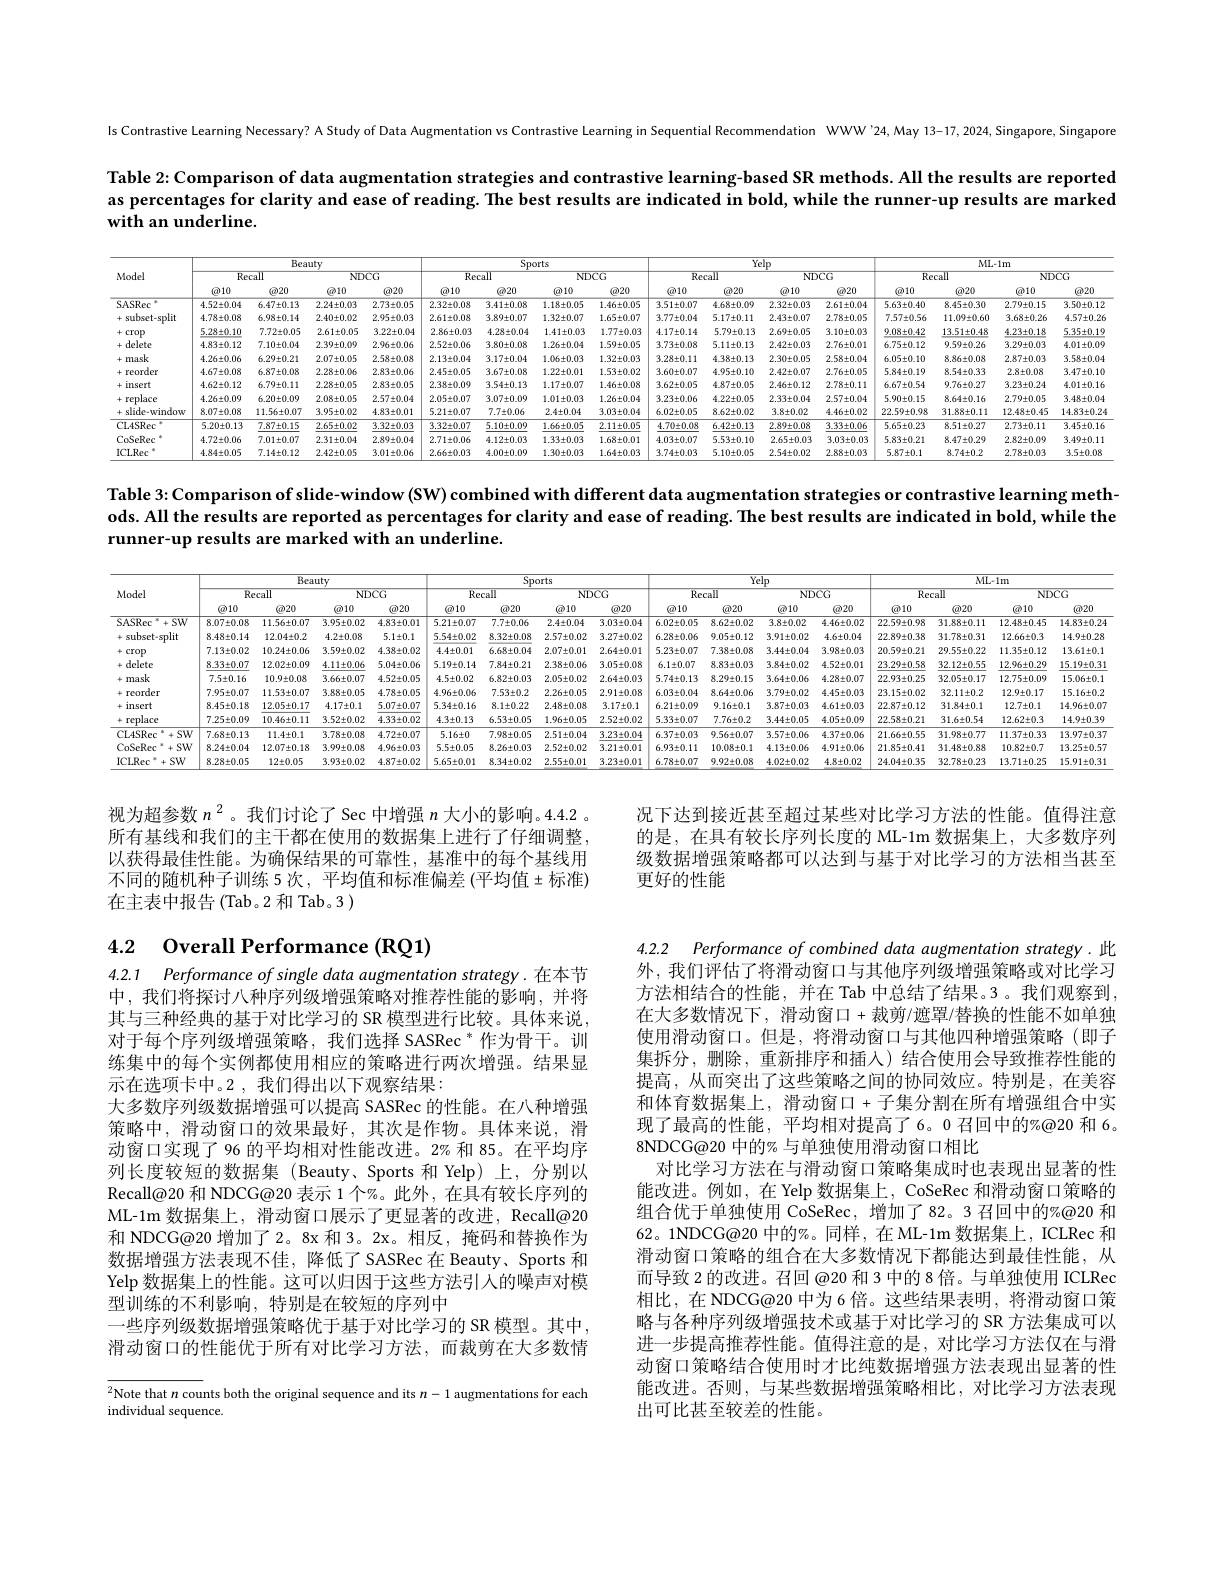
Is Contrastive Learning Necessary? A Study of Data Augmentation vs Contrastive Learning in Sequential Recommendation WWW'24, May 13-17,2024, Singapore, Singapore

Table 2: Comparison of data augmentation strategies and contrastive learning-based SR methods. All the results are reported as percentages for clarity and ease of reading. The best results are indicated in bold, while the runner-up results are marked with an underline.

<table>
	<tbody>
		<tr>
			<th rowspan="3">Model</th>
			<th colspan="5">$\overline{\text{Beauty}}$</th>
			<th>orts</th>
			<th colspan="4">$\overline{\mathrm{Yelp}}$</th>
			<th> </th>
			<th colspan="4">$\overline{\mathrm{ML-1m}}$</th>
		</tr>
		<tr>
			<th colspan="2">$\overline{\text{Recall}}$</th>
			<th colspan="2">$NDCG$</th>
			<th rowspan="1">Recall</th>
			<th colspan="2">$\overline{\mathrm{NDCG}}$</th>
			<th colspan="2">$\overline{\text{Recall}}$</th>
			<th colspan="2">NDCG</th>
			<th colspan="2">$\overline{\text{Recall}}$</th>
			<th colspan="2">$NDCG$</th>
		</tr>
		<tr>
			<th>$\textcircled{a}10$</th>
			<th>$\textcircled{\text{o}20}$</th>
			<th>$\textcircled{2}10$</th>
			<th>$\textcircled{a}20$</th>
			<th>$\textcircled{a}10$</th>
			<th>$\textcircled{a}10$</th>
			<th>$\textcircled{\text{o}20}$</th>
			<th>$\textcircled{2}10$</th>
			<th>$\textcircled{a}20$</th>
			<th>$\textcircled{2}10$</th>
			<th>$\textcircled{2}20$</th>
			<th>$\textcircled{2}10$</th>
			<th>$\textcircled{a}20$</th>
			<th>$\textcircled{a}10$</th>
			<th>$\textcircled{a}20$</th>
		</tr>
		<tr>
			<td>SASRec</td>
			<td>$4.52\pm0.04$</td>
			<td>$6.47\pm0.13$</td>
			<td>$2.24\pm0.03$</td>
			<td>$2.73\pm0.05$</td>
			<td>$32\pm0.08$</td>
			<td>$1.18\pm0.05$</td>
			<td>$1.46\pm0.05$</td>
			<td>$3.51\pm0.07$</td>
			<td>$4.68\pm0.09$</td>
			<td>$2.32\pm0.0$ 9</td>
			<td>$2.61\pm0.04$</td>
			<td>$5.63\pm0.40$</td>
			<td>$8.45\pm0.30$</td>
			<td>$2.79\pm0.15$</td>
			<td>$3.50\pm0.12$</td>
		</tr>
		<tr>
			<td>subset-split</td>
			<td>$4.78\pm0.08$</td>
			<td>$6.98\pm0.14$</td>
			<td>$2.40\pm0.02$</td>
			<td>$2.95\pm0.03$</td>
			<td>$61\pm0.08$</td>
			<td>$1.32\pm0.07$</td>
			<td>$1.65\pm0.07$</td>
			<td>$3.77\pm0.04$</td>
			<td>$5.17\pm0.11$</td>
			<td>1 $2.43\pm0.0$</td>
			<td>$2.78\pm0.05$</td>
			<td>$7.57\pm0.56$</td>
			<td>$11.09\pm0.60$</td>
			<td>$3.68\pm0.26$</td>
			<td>$4.57\pm0.26$</td>
		</tr>
		<tr>
			<td>crop +</td>
			<td>$5.28\pm0.10$</td>
			<td>$7.72\pm0.05$</td>
			<td>$2.61\pm0.05$</td>
			<td>$3.22\pm0.04$</td>
			<td>$86\pm0.03$</td>
			<td>$1.41\pm0.03$</td>
			<td>$1.77\pm0.03$</td>
			<td>$4.17\pm0.14$</td>
			<td>$5.79\pm0.13$</td>
			<td>3 $2.69\pm0.0$</td>
			<td>$3.10\pm0.03$</td>
			<td>$9.08\pm0.42$</td>
			<td>$13.51\pm0.48$</td>
			<td>$4.23\pm0.18$</td>
			<td>$5.35\pm0.19$</td>
		</tr>
		<tr>
			<td>delete</td>
			<td>$4.83\pm0.12$</td>
			<td>$7.10\pm0.04$</td>
			<td>$2.39\pm0.09$</td>
			<td>$2.96\pm0.06$</td>
			<td>$52\pm0.06$</td>
			<td>$1.26\pm0.04$</td>
			<td>$1.59\pm0.05$</td>
			<td>$3.73\pm0.08$</td>
			<td>$5.11\pm0.13$</td>
			<td>$2.42\pm0.0$ 3</td>
			<td>$2.76\pm0.01$</td>
			<td>$6.75\pm0.12$</td>
			<td>$9.59\pm0.26$</td>
			<td>$3.29\pm0.03$</td>
			<td>$4.01\pm0.09$</td>
		</tr>
		<tr>
			<td>mask +</td>
			<td>$4.26\pm0.06$</td>
			<td>$6.29\pm0.21$</td>
			<td>$2.07\pm0.05$</td>
			<td>$2.58\pm0.08$</td>
			<td>$13\pm0.04$</td>
			<td>$1.06\pm0.03$</td>
			<td>$1.32\pm0.03$</td>
			<td>$3.28\pm0.11$</td>
			<td>$4.38\pm0.13$</td>
			<td>$2.30\pm0.0$9 3</td>
			<td>$2.58\pm0.04$</td>
			<td>$6.05\pm0.10$</td>
			<td>$8.86\pm0.08$</td>
			<td>$2.87\pm0.03$</td>
			<td>$3.58\pm0.04$</td>
		</tr>
		<tr>
			<td>reorder +</td>
			<td>$4.67\pm0.08$</td>
			<td>$6.87\pm0.08$</td>
			<td>$2.28\pm0.06$</td>
			<td>$2.83\pm0.06$</td>
			<td>$45\pm0.05$</td>
			<td>$1.22\pm0.01$</td>
			<td>$1.53\pm0.02$</td>
			<td>$3.60\pm0.07$</td>
			<td>$4.95\pm0.10$</td>
			<td>$2.42\pm0.0$ 1</td>
			<td>$2.76\pm0.05$</td>
			<td>$5.84\pm0.19$</td>
			<td>$8.54\pm0.33$</td>
			<td>$2.8\pm0.08$</td>
			<td>$3.47\pm0.10$</td>
		</tr>
		<tr>
			<td>insert +</td>
			<td>$4.62\pm0.12$</td>
			<td>$6.79\pm0.11$</td>
			<td>$2.28\pm0.05$</td>
			<td>$2.83\pm0.05$</td>
			<td>$38\pm0.09$</td>
			<td>$1.17\pm0.07$</td>
			<td>$1.46\pm0.08$</td>
			<td>$3.62\pm0.05$</td>
			<td>$4.87\pm0.05$</td>
			<td>$2.46\pm0.12$ 5</td>
			<td>$2.78\pm0.11$</td>
			<td>$6.67\pm0.54$</td>
			<td>$9.76\pm0.27$</td>
			<td>$3.23\pm0.24$</td>
			<td>$4.01\pm0.16$</td>
		</tr>
		<tr>
			<td>replace</td>
			<td>$4.26\pm0.09$</td>
			<td>$6.20\pm0.09$</td>
			<td>$2.08\pm0.05$</td>
			<td>$2.57\pm0.04$</td>
			<td>$05\pm0.07$</td>
			<td>$1.01\pm0.03$</td>
			<td>$1.26\pm0.04$</td>
			<td>$3.23\pm0.06$</td>
			<td>$4.22\pm0.05$</td>
			<td>5 $2.33\pm0.0$</td>
			<td>$2.57\pm0.04$</td>
			<td>$5.90\pm0.15$</td>
			<td>$8.64\pm0.16$</td>
			<td>$2.79\pm0.05$</td>
			<td>$3.48\pm0.04$</td>
		</tr>
		<tr>
			<td>slide-window +</td>
			<td>$8.07\pm0.08$</td>
			<td>$11.56\pm0.07$</td>
			<td>$3.95\pm0.02$</td>
			<td>$4.83\pm0.01$</td>
			<td>$21\pm0.07$</td>
			<td>$2.4\pm0.04$</td>
			<td>$3.03\pm0.04$</td>
			<td>$6.02\pm0.05$</td>
			<td>$8.62\pm0.02$</td>
			<td>$3.8\pm0.02$ 2</td>
			<td>$4.46\pm0.02$</td>
			<td>$22.59\pm0.98$</td>
			<td>$31.88\pm0.11$</td>
			<td>$12.48\pm0.45$</td>
			<td>$14.83\pm0.24$</td>
		</tr>
		<tr>
			<td>CL4SRec</td>
			<td>$5.20\pm0.13$</td>
			<td>$7.87\pm0.15$</td>
			<td>$2.65\pm0.02$</td>
			<td>$3.32\pm0.03$</td>
			<td>$32\pm0.07$</td>
			<td>$1.66\pm0.05$</td>
			<td>$2.11\pm0.05$</td>
			<td>$4.70\pm0.08$</td>
			<td>$6.42\pm0.13$</td>
			<td>$2.89\pm0.08$ 3</td>
			<td>$3.33\pm0.06$</td>
			<td>$5.65\pm0.23$</td>
			<td>$8.51\pm0.27$</td>
			<td>$2.73\pm0.11$</td>
			<td>$3.45\pm0.16$</td>
		</tr>
		<tr>
			<td>CoSeRec</td>
			<td>$4.72\pm0.06$</td>
			<td>$7.01\pm0.07$</td>
			<td>$2.31\pm0.04$</td>
			<td>$2.89\pm0.04$</td>
			<td>$71\pm0.06$</td>
			<td>$1.33\pm0.03$</td>
			<td>$1.68\pm0.01$</td>
			<td>$4.03\pm0.07$</td>
			<td>$5.53\pm0.10$</td>
			<td>1 $2.65\pm0.0$</td>
			<td>$3.03\pm0.03$</td>
			<td>$5.83\pm0.21$</td>
			<td>$8.47\pm0.29$</td>
			<td>$2.82\pm0.09$</td>
			<td>$3.49\pm0.11$</td>
		</tr>
		<tr>
			<td>ICLRec</td>
			<td>$4.84\pm0.05$</td>
			<td>$7.14\pm0.12$</td>
			<td>$2.42\pm0.05$</td>
			<td>$3.01\pm0.06$</td>
			<td>$66\pm0.03$</td>
			<td>$1.30\pm0.03$</td>
			<td>$1.64\pm0.03$</td>
			<td>$3.74\pm0.03$</td>
			<td>$5.10\pm0.05$</td>
			<td>5 $2.54\pm0.02$</td>
			<td>$2.88\pm0.03$</td>
			<td>$5.87\pm0.1$</td>
			<td>$8.74\pm0.2$</td>
			<td>$2.78\pm0.03$</td>
			<td>$3.5\pm0.08$</td>
		</tr>
	</tbody>
</table>

Table 3: Comparison of slide-window (SW) combined with different data augmentation strategies or contrastive learning methods. All the results are reported as percentages for clarity and ease of reading. The best results are indicated in bold, while the runner-up results are marked with an underline.

<table>
	<tbody>
		<tr>
			<th rowspan="3">Model</th>
			<th> </th>
			<th colspan="4">$\overline{\text{Beauty}}$</th>
			<th>rts</th>
			<th> </th>
			<th> </th>
			<th colspan="2">$\overline{\mathrm{Yelp}}$</th>
			<th> </th>
			<th colspan="4">$ML\cdot1m$</th>
		</tr>
		<tr>
			<th colspan="2">Recall</th>
			<th rowspan="1">NDCG</th>
			<th> </th>
			<th rowspan="1">Recall</th>
			<th colspan="2">NDCG</th>
			<th colspan="2">Recall</th>
			<th colspan="2">$NDCG$</th>
			<th colspan="2">Recall</th>
			<th colspan="2">NDCG</th>
		</tr>
		<tr>
			<th>$\textcircled{2}10$</th>
			<th>$\textcircled{2}20$</th>
			<th>$\textcircled{2}10$</th>
			<th>$\textcircled{a}20$</th>
			<th>$\textcircled{2}10$</th>
			<th>$\textcircled{a}10$</th>
			<th>$\textcircled{a}20$</th>
			<th>$\textcircled{2}10$</th>
			<th>$\textcircled{a}20$</th>
			<th>$\textcircled{a}10$</th>
			<th>$\textcircled{2}20$</th>
			<th>$\textcircled{a}10$</th>
			<th>$\textcircled{a}20$</th>
			<th>$\textcircled{a}10$</th>
			<th>$\textcircled{a}20$</th>
		</tr>
		<tr>
			<td>$=^{*}+SW$ SASRec</td>
			<td>$8.07\pm0.08$</td>
			<td>$11.56\pm0.07$</td>
			<td>$3.95\pm0.02$</td>
			<td>$83\pm0.01$ 5.</td>
			<td>$.21\pm0.07$</td>
			<td>$2.4\pm0.04$</td>
			<td>$3.03\pm0.04$</td>
			<td>$6.02\pm0.05$</td>
			<td>$8.62\pm0.02$</td>
			<td>$3.8\pm0.02$</td>
			<td>$4.46\pm0.02$</td>
			<td>$22.59\pm0.98$</td>
			<td>$31.88\pm0.11$</td>
			<td>$12.48\pm0.45$</td>
			<td>$14.83\pm0.24$</td>
		</tr>
		<tr>
			<td>subset-split</td>
			<td>$8.48\pm0.14$</td>
			<td>$12.04\pm0.2$</td>
			<td>$4.2\pm0.08$</td>
			<td>$5.1\pm0.1$ 5.</td>
			<td>$54\pm0.02$</td>
			<td>$2.57\pm0.02$</td>
			<td>$3.27\pm0.02$</td>
			<td>$6.28\pm0.06$</td>
			<td>$9.05\pm0.12$ 5</td>
			<td>$3.91\pm0.02$</td>
			<td>$4.6\pm0.04$</td>
			<td>$22.89\pm0.38$</td>
			<td>$31.78\pm0.31$</td>
			<td>$12.66\pm0.3$</td>
			<td>$14.9\pm0.28$</td>
		</tr>
		<tr>
			<td>crop</td>
			<td>$7.13\pm0.02$</td>
			<td>$10.24\pm0.06$</td>
			<td>$3.59\pm0.02$</td>
			<td>$38\pm0.02$</td>
			<td>$4.4\pm0.01$</td>
			<td>$2.07\pm0.01$</td>
			<td>$2.64\pm0.01$</td>
			<td>$5.23\pm0.07$</td>
			<td>$7.38\pm0.08$</td>
			<td>$3.44\pm0.0$年</td>
			<td>$3.98\pm0.03$</td>
			<td>$20.59\pm0.21$</td>
			<td>$29.55\pm0.22$</td>
			<td>$11.35\pm0.12$</td>
			<td>$13.61\pm0.1$</td>
		</tr>
		<tr>
			<td>delete</td>
			<td>$8.33\pm0.07$</td>
			<td>$12.02\pm0.09$</td>
			<td>$4.11\pm0.06$</td>
			<td>$04\pm0.06$ 5.</td>
			<td>$.19\pm0.14$</td>
			<td>$2.38\pm0.06$</td>
			<td>$3.05\pm0.08$</td>
			<td>$6.1\pm0.07$</td>
			<td>$8.83\pm0.03$</td>
			<td>$3.84\pm0.02$</td>
			<td>$4.52\pm0.01$</td>
			<td>$23.29\pm0.58$</td>
			<td>$32.12\pm0.55$</td>
			<td>$12.96\pm0.29$</td>
			<td>$15.19\pm0.31$</td>
		</tr>
		<tr>
			<td>mask</td>
			<td>$7.5\pm0.16$</td>
			<td>$10.9\pm0.08$</td>
			<td>$3.66\pm0.07$</td>
			<td>$52\pm0.05$</td>
			<td>$4.5\pm0.02$</td>
			<td>$2.05\pm0.02$</td>
			<td>$2.64\pm0.03$</td>
			<td>$5.74\pm0.13$</td>
			<td>$8.29\pm0.15$ 1</td>
			<td>$3.64\pm0.06$</td>
			<td>$4.28\pm0.07$</td>
			<td>$22.93\pm0.25$</td>
			<td>$32.05\pm0.17$</td>
			<td>$12.75\pm0.09$</td>
			<td>$15.06\pm0.1$</td>
		</tr>
		<tr>
			<td>reorder</td>
			<td>$7.95\pm0.07$</td>
			<td>$11.53\pm0.07$</td>
			<td>$3.88\pm0.05$</td>
			<td>$78\pm0.05$</td>
			<td>$.96\pm0.06$</td>
			<td>$2.26\pm0.05$</td>
			<td>$2.91\pm0.08$</td>
			<td>$6.03\pm0.04$</td>
			<td>$8.64\pm0.06$ 主</td>
			<td>$3.79\pm0.02$</td>
			<td>$4.45\pm0.03$</td>
			<td>$23.15\pm0.02$</td>
			<td>$32.11\pm0.2$</td>
			<td>$12.9\pm0.17$</td>
			<td>$15.16\pm0.2$</td>
		</tr>
		<tr>
			<td>insert</td>
			<td>$8.45\pm0.18$</td>
			<td>$12.05\pm0.17$</td>
			<td>$4.17\pm0.1$</td>
			<td>$07\pm0.07$ 5.</td>
			<td>$34\pm0.16$</td>
			<td>$2.48\pm0.08$</td>
			<td>$3.17\pm0.1$</td>
			<td>$6.21\pm0.09$</td>
			<td>$9.16\pm0.1$</td>
			<td>$3.87\pm0.03$</td>
			<td>$4.61\pm0.03$</td>
			<td>$22.87\pm0.12$</td>
			<td>$31.84\pm0.1$</td>
			<td>$12.7\pm0.1$</td>
			<td>$14.96\pm0.07$</td>
		</tr>
		<tr>
			<td>replace</td>
			<td>$7.25\pm0.09$</td>
			<td>$10.46\pm0.11$</td>
			<td>$3.52\pm0.02$</td>
			<td>$33\pm0.02$</td>
			<td>$4.3\pm0.13$</td>
			<td>$1.96\pm0.05$</td>
			<td>$2.52\pm0.02$</td>
			<td>$5.33\pm0.07$</td>
			<td>$7.76\pm0.2$</td>
			<td>$3.44\pm0.05$</td>
			<td>$4.05\pm0.09$</td>
			<td>$22.58\pm0.21$</td>
			<td>$31.6\pm0.54$</td>
			<td>$12.62\pm0.3$</td>
			<td>$14.9\pm0.39$</td>
		</tr>
		<tr>
			<td>CL4SRec $^{*}+SW$</td>
			<td>$7.68\pm0.13$</td>
			<td>$11.4\pm0.1$</td>
			<td>$3.78\pm0.08$</td>
			<td>$72\pm0.07$</td>
			<td>$5.16\pm0$</td>
			<td>$2.51\pm0.04$</td>
			<td>$3.23\pm0.04$</td>
			<td>$6.37\pm0.03$</td>
			<td>$9.56\pm0.07$ 1</td>
			<td>$3.57\pm0.06$</td>
			<td>$4.37\pm0.06$</td>
			<td>$21.66\pm0.55$</td>
			<td>$31.98\pm0.77$</td>
			<td>$11.37\pm0.33$</td>
			<td>$13.97\pm0.37$</td>
		</tr>
		<tr>
			<td>CoSeRec $+SW$</td>
			<td>$8.24\pm0.04$</td>
			<td>$12.07\pm0.18$</td>
			<td>$3.99\pm0.08$</td>
			<td>$96\pm0.03$</td>
			<td>$5.5\pm0.05$</td>
			<td>$2.52\pm0.02$</td>
			<td>$3.21\pm0.01$</td>
			<td>$6.93\pm0.11$</td>
			<td>$10.08\pm0.1$</td>
			<td>$4.13\pm0.06$</td>
			<td>$4.91\pm0.06$</td>
			<td>$21.85\pm0.41$</td>
			<td>$31.48\pm0.88$</td>
			<td>$10.82\pm0.7$</td>
			<td>$13.25\pm0.57$</td>
		</tr>
		<tr>
			<td>ICLRec $+SW$ 1</td>
			<td>$8.28\pm0.05$</td>
			<td>$12\pm0.05$</td>
			<td>$3.93\pm0.02$</td>
			<td>$87\pm0.02$ 5.</td>
			<td>$65\pm0.01$</td>
			<td>$2.55\pm0.01$</td>
			<td>$3.23\pm0.01$</td>
			<td>$6.78\pm0.07$</td>
			<td>$9.92\pm0.08$</td>
			<td>$4.02\pm0.02$</td>
			<td>$4.8\pm0.02$</td>
			<td>$24.04\pm0.35$</td>
			<td>$32.78\pm0.23$</td>
			<td>$13.71\pm0.25$</td>
			<td>$15.91\pm0.31$</td>
		</tr>
	</tbody>
</table>

况下达到接近甚至超过某些对比学习方法的性能。值得注意的是，在具有较长序列长度的 ML-1m 数据集上，大多数序列级数据增强策略都可以达到与基于对比学习的方法相当甚至更好的性能

视为超参数$n^2$。我们讨论了 Sec 中增强$n$大小的影响。4.4.2 。所有基线和我们的主干都在使用的数据集上进行了仔细调整， 以获得最佳性能。为确保结果的可靠性，基准中的每个基线用不同的随机种子训练 5次，平均值和标准偏差(平均值±标准) 在主表中报告(Tab。2 和 Tab。3 )

# 4.2 Overall Performance (RQ1)

4.2.2 Performance of combined data augmentation strategy.此

4.2.1 Performance of single data augmentation strategy .在本节中，我们将探讨八种序列级增强策略对推荐性能的影响，并将其与三种经典的基于对比学习的 SR 模型进行比较。具体来说， 对于每个序列级增强策略，我们选择 SASRec * 作为骨干。训练集中的每个实例都使用相应的策略进行两次增强。结果显示在选项卡中。2 , 我们得出以下观察结果：
大多数序列级数据增强可以提高 SASRec 的性能。在八种增强策略中，滑动窗口的效果最好，其次是作物。具体来说，滑动窗口实现了 96 的平均相对性能改进。2% 和 85。在平均序列长度较短的数据集(Beauty、Sports 和 Yelp)上，分别以Recall@20 和 NDCG@20 表示 1 个%。此外，在具有较长序列的ML-1m 数据集上，滑动窗口展示了更显著的改进，Recall@20和 NDCG@20 增加了 2。8x 和 3。2x。相反，掩码和替换作为数据增强方法表现不佳，降低了SASRec在 Beauty、Sports 和Yelp 数据集上的性能。这可以归因于这些方法引入的噪声对模型训练的不利影响，特别是在较短的序列中
一些序列级数据增强策略优于基于对比学习的 SR 模型。其中， 滑动窗口的性能优于所有对比学习方法，而裁剪在大多数情

外，我们评估了将滑动窗口与其他序列级增强策略或对比学习方法相结合的性能，并在 Tab 中总结了结果。3。我们观察到， 在大多数情况下，滑动窗口+裁剪/遮罩/替换的性能不如单独使用滑动窗口。但是，将滑动窗口与其他四种增强策略(即子集拆分，删除，重新排序和插人)结合使用会导致推荐性能的提高，从而突出了这些策略之间的协同效应。特别是，在美容和体育数据集上，滑动窗口+子集分割在所有增强组合中实现了最高的性能，平均相对提高了6。0 召回中的%@20 和 6。8NDCG@20 中的% 与单独使用滑动窗口相比
对比学习方法在与滑动窗口策略集成时也表现出显著的性能改进。例如，在 Yelp 数据集上，CoSeRec 和滑动窗口策略的组合优于单独使用 CoSeRec, 增加了82。3 召回中的%@20 和62。1NDCG@20 中的%。同样，在 ML-1m 数据集上，ICLRec 和滑动窗口策略的组合在大多数情况下都能达到最佳性能，从而导致 2 的改进。召回 @20 和 3 中的 8 倍。与单独使用 ICLRec 相比，在 NDCG@20 中为 6 倍。这些结果表明，将滑动窗口策略与各种序列级增强技术或基于对比学习的 SR 方法集成可以进一步提高推荐性能。值得注意的是，对比学习方法仅在与滑动窗口策略结合使用时才比纯数据增强方法表现出显著的性能改进。否则，与某些数据增强策略相比，对比学习方法表现出可比甚至较差的性能。

$^2$Note that $n$ counts both the original sequence and its $n-1$ augmentations for each
individual sequence.